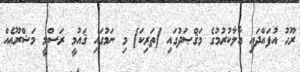
ރޫޙު އުފައްދައި އާލާކުރުމުގެ މަޤްޞަދުގައި [ތަރިކަ] މި ނަމުގައި ޤައުމީ ރަސްމީ މަޝްރޫޢެއް